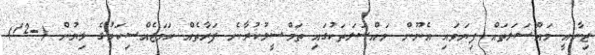
ޖިނާއީ މައްސަލަތައް ފިޔަވައި އެނޫން މައްސަލަތަކުގައި ތަމްސީލުކުރާނެ ފަރާތެއް ހަމަޖެއްސިކަމުގެ ލިޔުން (-12)